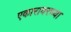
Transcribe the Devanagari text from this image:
एकारावरच्या